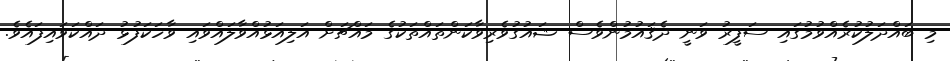
މި ބައްދަލުކުރެއްވުމުގައި ސަފީރު ވަނީ ދެޤައުމުންވެސް ޝައުގުވެރިވާކަންތައްތަކުގެ މައްޗަށް އަލިއަޅުއްވާލައްވައި ވާހަކަފުޅު ދައްކަވައިފައެވެ.